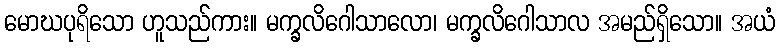
မောဃပုရိသော ဟူသည်ကား။ မက္ခလိဂေါသာလော၊ မက္ခလိဂေါသာလ အမည်ရှိသော။ အယံ